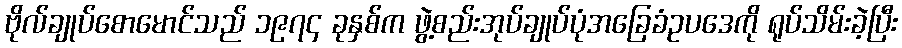
ဗိုလ်ချုပ်စောမောင်သည် ၁၉၇၄ ခုနှစ်က ဖွဲ့စည်းအုပ်ချုပ်ပုံအခြေခံဥပဒေကို ရုပ်သိမ်းခဲ့ပြီး